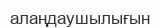
алаңдаушылығын